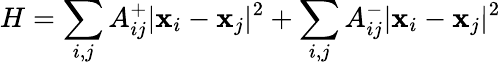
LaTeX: H=\sum_{i,j}A_{ij}^{+}|\textbf{x}_{i}-\textbf{x}_{j}|^{2}+\sum_{i,j}A_{ij}^{-}|\textbf{x}_{i}-\textbf{x}_{j}|^{2}